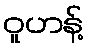
ဝူဟန့်